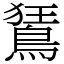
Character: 鵟